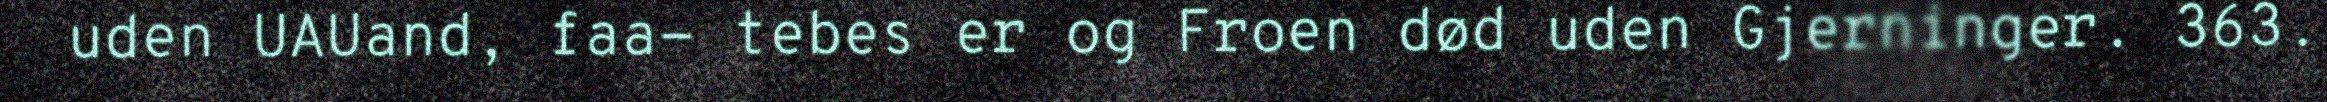
uden UAUand, faa- tebes er og Froen død uden Gjerninger. 363.